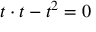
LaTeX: \; t \cdot t - t ^ { 2 } = 0